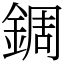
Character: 錭